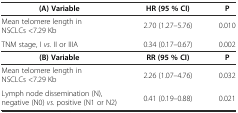
| (A) Variable | HR (95 % CI) | P |
 | --- | --- | --- |
 | Mean telomere length in NSCLCs <7.29 Kb | 2.70 (1.27–5.76) | 0.010 |
 | TNM stage, I vs. II or IIIA | 0.34 (0.17–0.67) | 0.002 |
 | (B) Variable | RR (95 % CI) | P |
 | Mean telomere length in NSCLCs <7.29 Kb | 2.26 (1.07–4.76) | 0.032 |
 | Lymph node dissemination (N), negative (N0) vs. positive (N1 or N2) | 0.41 (0.19–0.88) | 0.021 |